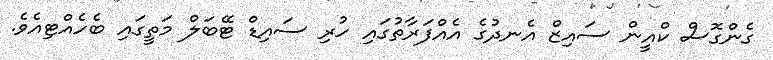
ގެންގޮސް ކްއީން ސައިޒް އެނދުގެ އެއްފަރާތުގައި ހުރި ސައިޑް ޓޭބަލް މަތީގައި ބެހެއްޓިއެވެ.